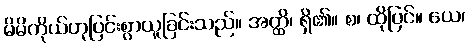
မိမိကိုယ်ဟုပြင်းစွာယူခြင်းသည်။ အတ္ထိ၊ ရှိ၏။ စ၊ ထိုပြင်။ ယေ၊